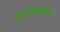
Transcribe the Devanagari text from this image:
रेलॉक्सिफ़ीन